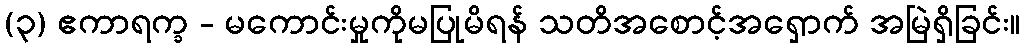
(၃) ဧကာရက္ခ - မကောင်းမှုကိုမပြုမိရန် သတိအစောင့်အရှောက် အမြဲရှိခြင်း။